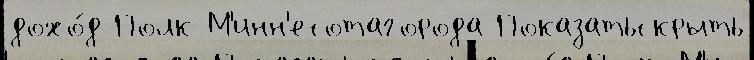
дохо́д Полк М'инн'есотагорода Показатьскрыть